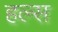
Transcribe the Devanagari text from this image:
हल्स